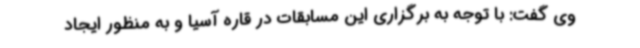
وی گفت: با توجه به برگزاری این مسابقات در قاره آسیا و به منظور ایجاد